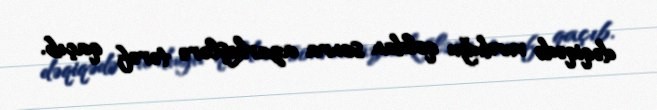
dəqiqədə vurduğu qoldan sonra azarkeşlərə tərəf qaçıb.